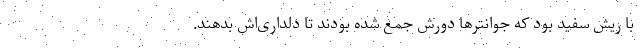
با ریش سفید بود که جوانترها دورش جمع شده بودند تا دلداری‌اش بدهند.